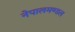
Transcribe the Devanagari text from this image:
नेपालमण्डल